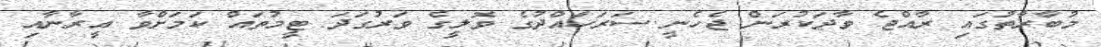
މުބާރާތުގައި ރާއްޖެ ވާދަކުރަން ޖެހެނީ ސަރަހައްދުގެ ވޮލީގެ ވަރުގަދަ ޓީމުތައް ކަމަށްވާ އީރާނާއި